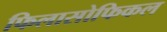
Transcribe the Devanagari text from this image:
फिलासोफिकल